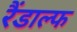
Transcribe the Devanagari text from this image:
रैंडाल्फ